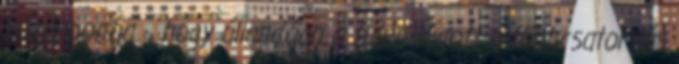
közép­pont­ja -, hogy állandóan a fülén lógott a többcsatornás